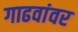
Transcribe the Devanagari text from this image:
गाढवांवर